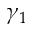
\gamma _ { 1 }